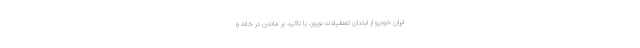
ایران خودرو از ابتدای تعطیلات نوروز، با تاکید بر ماندن در خانه و